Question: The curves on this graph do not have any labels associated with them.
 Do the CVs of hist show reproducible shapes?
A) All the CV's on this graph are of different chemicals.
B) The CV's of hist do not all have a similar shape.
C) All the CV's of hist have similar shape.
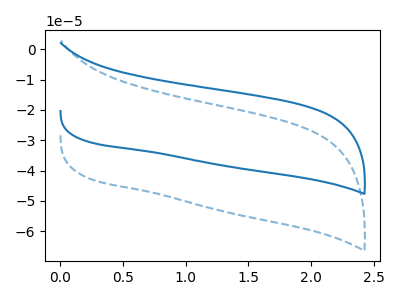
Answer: <think>The blue dashed curve "blue dashed" has no peaks. The blue curve "blue" has no peaks.
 Neither "blue dashed" or "blue" have any peaks.</think>
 <answer>C) All the CV's of "hist" have similar shape.</answer>
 <eval>C</eval>